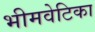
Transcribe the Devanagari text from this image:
भीमवेटिका